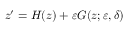
\begin{array} { r } { z ^ { \prime } = H ( z ) + \varepsilon G ( z ; \varepsilon , \delta ) } \end{array}